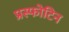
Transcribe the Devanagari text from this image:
प्रस्फोटिन